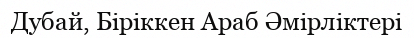
Дубай, Біріккен Араб Әмірліктері